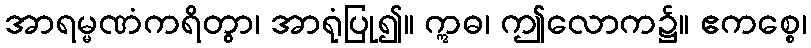
အာရမ္မဏံကရိတွာ၊ အာရုံပြု၍။ ဣဓ၊ ဤလောက၌။ ဧကစ္စေ၊